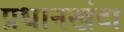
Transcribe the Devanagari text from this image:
प्रधानखंटा